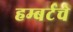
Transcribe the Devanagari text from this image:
हम्बर्टचे